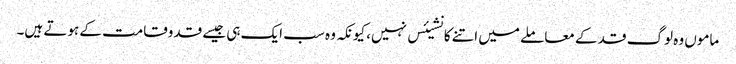
ماموں وہ لوگ قد کے معاملے میں اتنے کانشیئس نہیں، کیونکہ وہ سب ایک ہی جیسے قدوقامت کے ہوتے ہیں۔